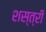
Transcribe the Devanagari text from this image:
शस्त्री